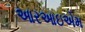
આરઆઇએમ